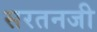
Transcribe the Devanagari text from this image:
सरतनजी